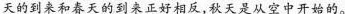
天的到来和春天的到来正好相反，秋天是从空中开始的。